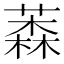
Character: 𦼚